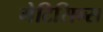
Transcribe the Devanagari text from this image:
मेटिसिन्स